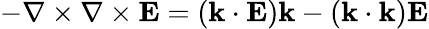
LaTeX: -\nabla\times\nabla\times\mathbf{E}=(\mathbf{k}\cdot\mathbf{E})\mathbf{k}-(\mathbf{k}\cdot\mathbf{k})\mathbf{E}